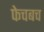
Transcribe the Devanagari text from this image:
फेचबच